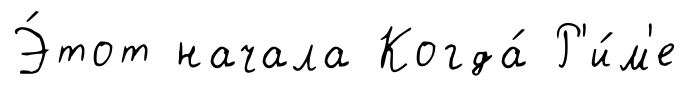
Э́тот начала Когда́ Р'и́м'е